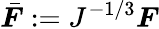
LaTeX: {\bar{\boldsymbol{F}}}:=J^{-1/3}{\boldsymbol{F}}